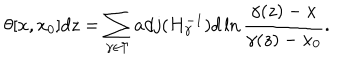
\theta [ x , x _ { 0 } ] d z = \sum _ { \gamma \in \Gamma } a d j ( H _ { \gamma } ^ { - 1 } ) d \ln \frac { \gamma ( z ) - x } { \gamma ( z ) - x _ { 0 } } .